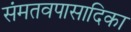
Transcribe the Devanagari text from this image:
संमतवपासादिका